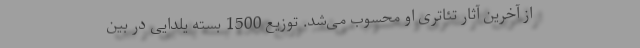
از آخرین آثار تئاتری او محسوب می‌شد. توزیع 1500 بسته یلدایی در بین